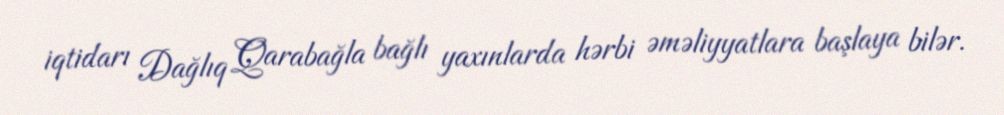
iqtidarı Dağlıq Qarabağla bağlı yaxınlarda hərbi əməliyyatlara başlaya bilər.